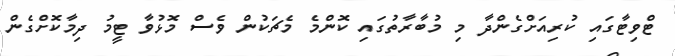
ޓްވިޓާގައި ކުރިއަށްގެންދާ މި މުބާރާތުގައި ކޮންމެ މެޗަކުން ވެސް މޮޅުވާ ޓީމު ދިމާކޮށްގެން